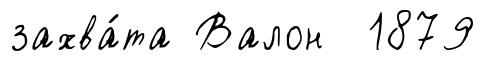
захва́та Валон 1879